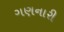
ગણનારી